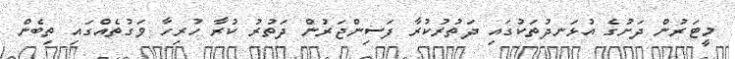
މީޓަރުން ދަށުގެ އުޅަނދުތަކުގައި ދަތުރުކުރާ ފަސިންޖަރުން ދަތުރު ކުރާ ހުރިހާ ވަގުތެއްގައި ތިބެން